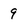
Character: 9